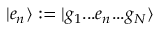
\vert e _ { n } \rangle : = \vert g _ { 1 } . . . e _ { n } . . . g _ { N } \rangle